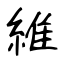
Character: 維